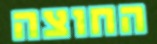
החוצה